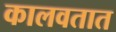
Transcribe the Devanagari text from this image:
कालवतात